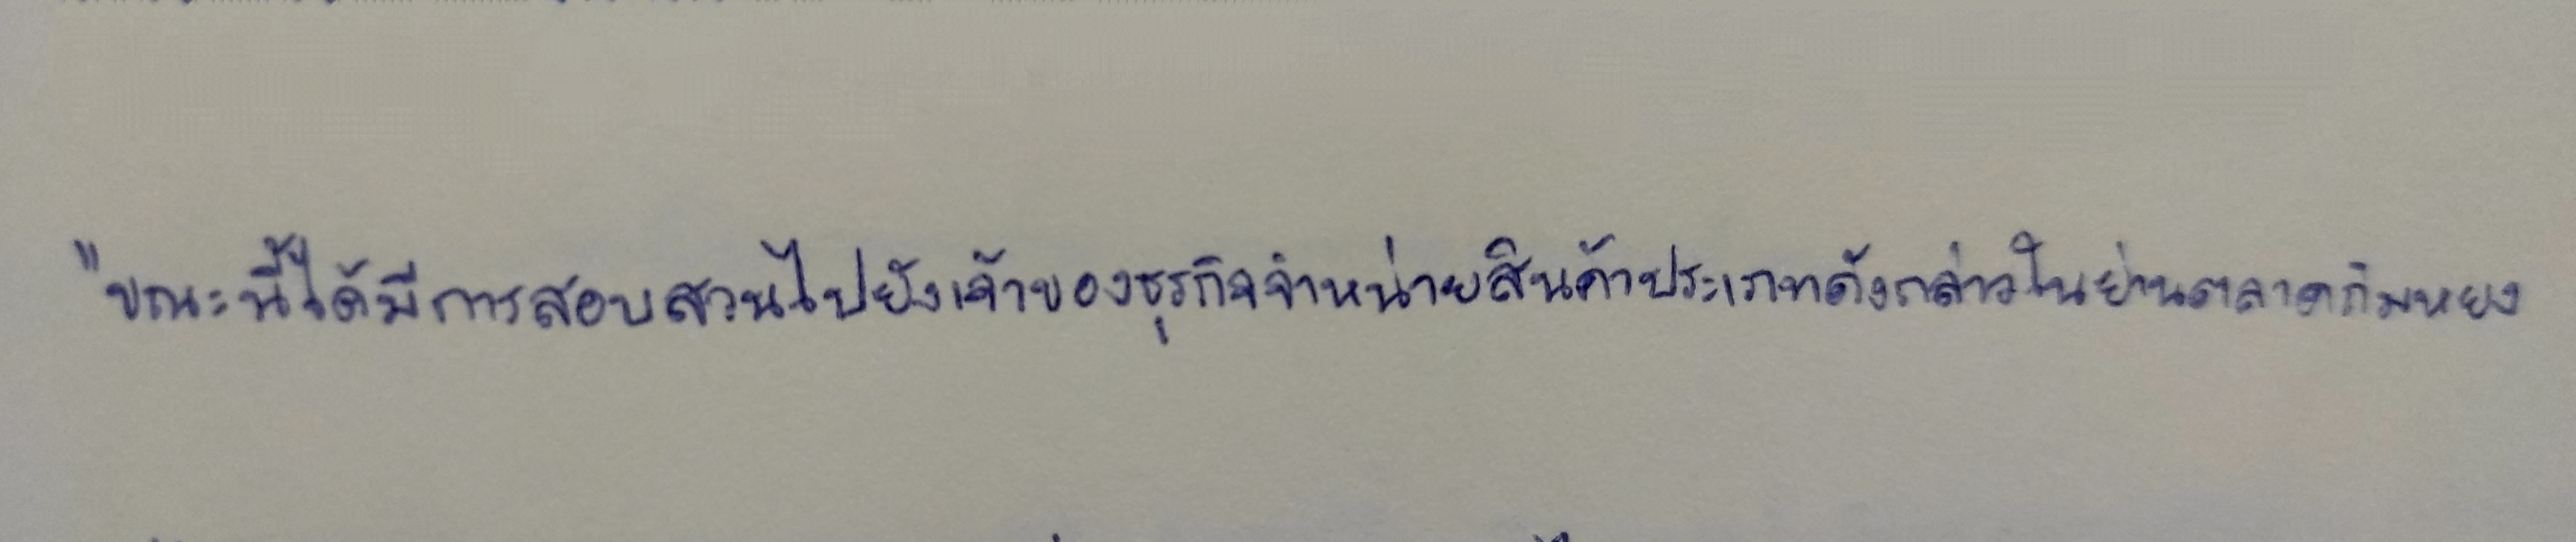
"ขณะนี้ได้มีการสอบสวนไปยังเจ้าของธุรกิจจำหน่ายสินค้าประเภทดังกล่าวในย่านตลาดกิมหยง